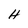
Character: H